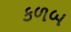
કળબ